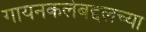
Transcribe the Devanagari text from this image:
गायनकलेबद्दलच्या